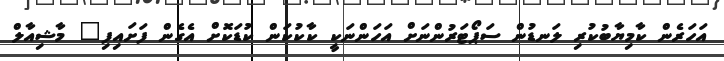
އަހަރެން ކާމިޔާބުކުރި ލަނޑުން ސަޕޯޓަރުންނަށް އަހަންނަކީ ކާކުކަން ކުޑަކޮށް އެގެން ފަށައިފި" މާޝިއާލް